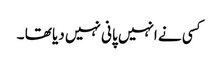
کسی نے انہیں پانی نہیں دیا تھا ۔